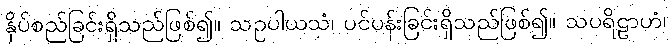
နှိပ်စည်ခြင်းရှိသည်ဖြစ်၍။ သဥပါယသံ၊ ပင်ပန်းခြင်းရှိသည်ဖြစ်၍။ သပရိဠာဟံ၊